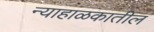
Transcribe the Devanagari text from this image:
न्याहाळकातील